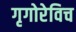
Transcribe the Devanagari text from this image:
गृगोरेविच